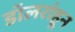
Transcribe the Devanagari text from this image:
डॉलरांहून